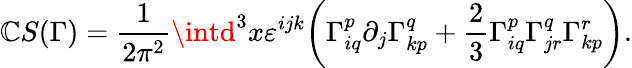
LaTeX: \mathbb{C}S(\Gamma)={\frac{{1}}{{2\pi^{2}}}}\intd^{3}x\varepsilon^{ijk}{\biggl(}\Gamma_{iq}^{p}\partial_{j}\Gamma_{kp}^{q}+{\frac{{2}}{{3}}}\Gamma_{iq}^{p}\Gamma_{jr}^{q}\Gamma_{kp}^{r}{\biggr)}.